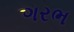
ગરભ